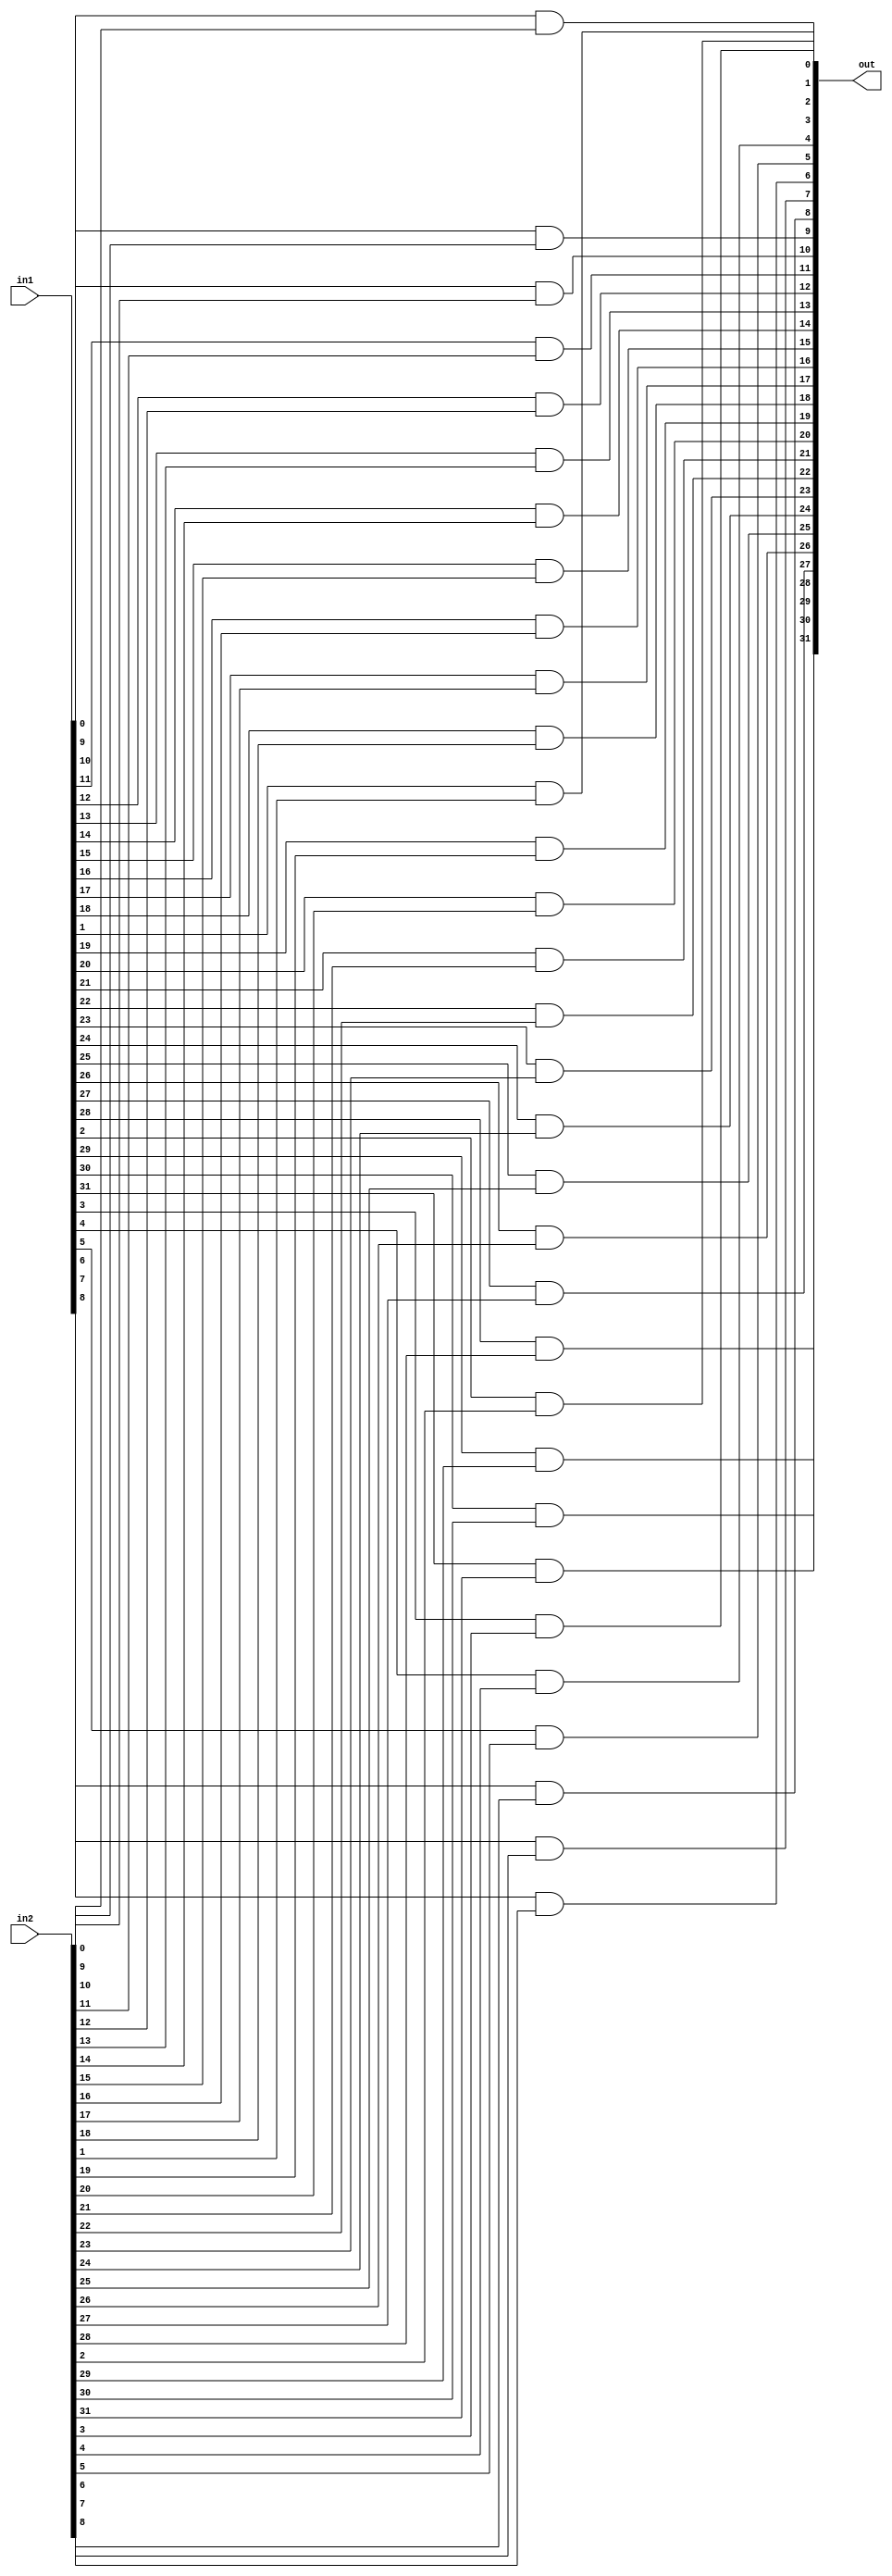
`timescale 1ns / 1ps
//////////////////////////////////////////////////////////////////////////////////
// Company: 
// Engineer: 
// 
// Design Name: 
// Module Name: logic_and
// Project Name: 
// Target Devices: 
// Tool Versions: 
// Description: 
// 
// Dependencies: 
// 
// Revision:
// Revision 0.01 - File Created
// Additional Comments:
// 
//////////////////////////////////////////////////////////////////////////////////


module logic_and(out, in1, in2);

parameter N = 32;

output [N-1:0] out;
input [N-1:0] in1, in2;

genvar i;
generate
for (i = 0; i < N; i=i+1)begin
    and andgate (out[i], in1[i], in2[i]);
end
endgenerate
endmodule